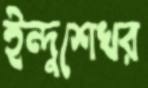
ইন্দুশেখর